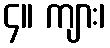
၄။ ကျား၊